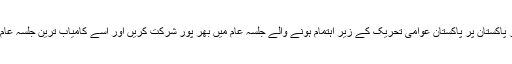
ایم کیوایم لاہور زون کے انچارج و اراکین نے عوام سے اپیل کی کہ وہ 23دسمبر کو مینار پاکستان پر پاکستان عوامی تحریک کے زیر اہتمام ہونے والے جلسہ عام میں بھر پور شرکت کریں اور اسے کامیاب ترین جلسہ عام بنا کر جاگیردارانہ ، وڈیرانہ اور موروثی سیاست کے تابوت میں آخری کیل ٹھونک دیں ۔